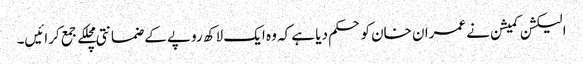
الیکشن کمیشن نے عمران خان کو حکم دیا ہے کہ وہ ایک لاکھ روپے کے ضمانتی مچلکے جمع کرائیں۔